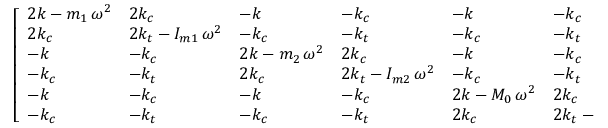
\left[ \begin{array} { l l l l l l } { 2 k - m _ { 1 } \, \omega ^ { 2 } } & { 2 k _ { c } } & { - k } & { - k _ { c } } & { - k } & { - k _ { c } } \\ { 2 k _ { c } } & { 2 k _ { t } - I _ { m 1 } \, \omega ^ { 2 } } & { - k _ { c } } & { - k _ { t } } & { - k _ { c } } & { - k _ { t } } \\ { - k } & { - k _ { c } } & { 2 k - m _ { 2 } \, \omega ^ { 2 } } & { 2 k _ { c } } & { - k } & { - k _ { c } } \\ { - k _ { c } } & { - k _ { t } } & { 2 k _ { c } } & { 2 k _ { t } - I _ { m 2 } \, \omega ^ { 2 } } & { - k _ { c } } & { - k _ { t } } \\ { - k } & { - k _ { c } } & { - k } & { - k _ { c } } & { 2 k - M _ { 0 } \, \omega ^ { 2 } } & { 2 k _ { c } } \\ { - k _ { c } } & { - k _ { t } } & { - k _ { c } } & { - k _ { t } } & { 2 k _ { c } } & { 2 k _ { t } - I _ { 0 } \, \omega ^ { 2 } } \end{array} \right] \left[ \begin{array} { l } { \bar { x } _ { 1 } } \\ { \bar { \theta } _ { 1 } } \\ { \bar { x } _ { 2 } } \\ { \bar { \theta } _ { 2 } } \\ { \bar { X } } \\ { \bar { \Theta } } \end{array} \right] = \left[ \begin{array} { l } { \bar { F } _ { m 1 } } \\ { \bar { T } _ { m 1 } } \\ { \bar { F } _ { m 2 } } \\ { \bar { T } _ { m 2 } } \\ { \bar { F } } \\ { \bar { T } } \end{array} \right] \, .